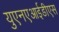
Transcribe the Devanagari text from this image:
युएनएआईडीएस